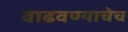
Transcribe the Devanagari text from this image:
वाढवण्याचेच